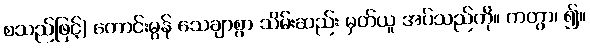
စသည်ဖြင့်) ကောင်းမွန် သေချာစွာ သိမ်းဆည်း မှတ်ယူ အပ်သည်ကို။ ကတွာ၊ ၍။